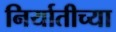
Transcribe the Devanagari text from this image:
निर्यातीच्या